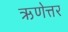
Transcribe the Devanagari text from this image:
ऋणेत्तर